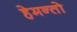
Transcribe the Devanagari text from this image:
हेमन्तो